Vaccination in the Punjab 1919-1929 - 1919-1929
Year: 1919
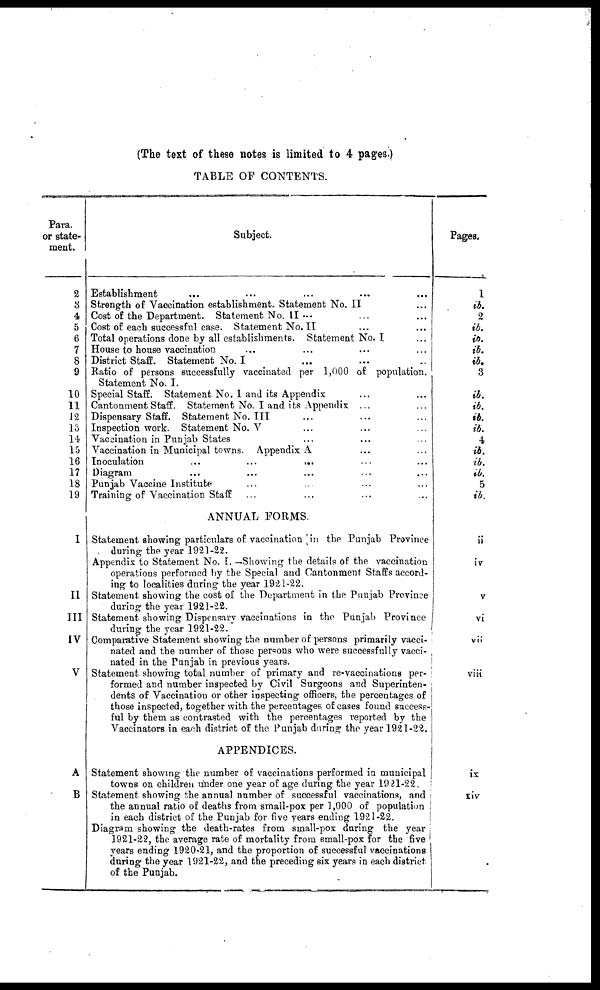
(The text of these notes is limited to 4 pages.)
TABLE OF CONTENTS.
Para.
or state-
ment.
2
3
4
5
6
7
8
9
10
11
12
13
14
15
16
17
18
19
I
II
III
IV
V
A
B
Subject.
Establishment
...
...
...
...
...
Strength of Vaccination establishment. Statement No. II ... ... ...
Cost of the Department. Statement No. II ... ... ...
Cost of each successful case. Statement No.II ... ... ...
Total operations done by all establishments. Statement No. I ... ...
House to house vaccination ... ... ... ...
District Staff. Statement No. I ... ... ...
Ratio of persons successfully vaccinated per 1,000 of population.
Statement No. I. ... ... ... ... ...
Special Staff. Statement No. I and its Appendix ... ... ...
Cantonment Staff. Statement No. I and its Appendix ... ... ...
Dispensary Staff. Statement No. III ... ... ... ...
Inspection work. Statement No. V ... ... ... ...
Vaccination in Punjab States ... ... ... ... ...
Vaccination in Municipal towns. Appendix A ... ... ...
Inoculation
...
...
... ... ...
Diagram ... ... ... ... ...
Punjab Vaccine Institute ... ... ... ... ...
Training of Vaccination Staff ... ... ... ... ...
ANNUAL FORMS.
Statement showing particulars of vaccination in the Punjab Province
during the year 1921-22.
Appendix to Statement No. I. —Showing the details of the vaccination
operations performed by the Special and Cantonment Staffs accord-
ing to localities during the year 1921-22.
Statement showing the cost of the Department in the Punjab Province
during the year 1921-22.
Statement showing Dispensary vaccinations in the Punjab Province
during the year 1921-22.
Comparative Statement showing the number of persons primarily vacci-
nated and the number of those persons who were successfully vacci¬
nated in the Punjab in previous years.
Statement showing total number of primary and re-vaccinations per¬
formed and number inspected by Civil Surgeons and Superinten¬
dents of Vaccination or other inspecting officers, the percentages of
those inspected, together with the percentages of cases found success-
ful by them as contrasted with the percentages reported by the
Vaccinators in each district of the Punjab during the year 1921-22.
APPENDICES.
Statement showing the number of vaccinations performed in municipal
towns on children under one year of age during the year 1921-22.
Statement showing the annual number of successful vaccinations, and
the annual ratio of deaths from small-pox per 1,000 of population
in each district of the Punjab for five years ending 1921-22.
Diagram showing the death-rates from small-pox during the year
1921-22, the average rate of mortality from small-pox for the five
years ending 1920-21, and the proportion of successful vaccinations
during the year 1921-22, and the preceding six years in each district
of the Punjab.
Pages.
1
ib.
2
ib.
ib.
ib.
ib.
3
ib.
ib.
ib.
ib.
4
ib.
ib.
ib.
5
ib.
ii
iv
v
vi
vii
viii
ix
xiv